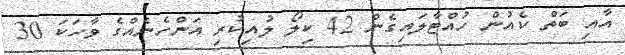
އާއި ބަތް ކެއުން ހުއްޓާލައިގެން 42 ކިލޯ ލުއިކުރި އަންހެނެއްގެ ވާހަކަ 30